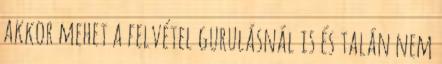
akkor mehet a felvétel gurulásnál is és talán nem